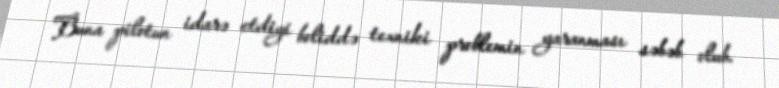
Buna pilotun idarə etdiyi boliddə texniki problemin yaranması səbəb olub.